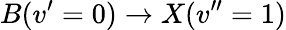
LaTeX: B(v^{\prime}=0)\rightarrow X(v^{\prime\prime}=1)